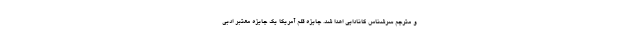
و مترجم سرشناس کانادایی اهدا شد. جایزه قلم آمریکا یک جایزه معتبر ادبی